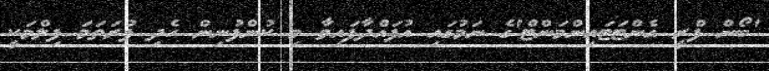
'ބޯން ފްރީ އެންޓަޓައިންމަންޓް'ގެ ނަމުގައި އުފައްދާފައިވާ މި ކުންފުނިން ހެދި ފުރަތަމަ ފިލްމަކީ